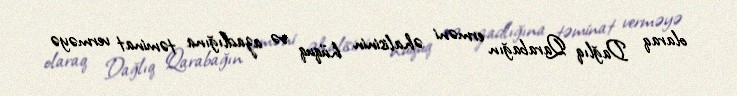
olaraq Dağlıq Qarabağın erməni əhalisinin hüquq və azadlığına təminat verməyə